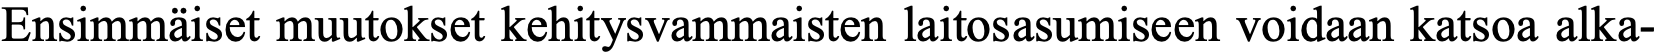
Ensimmäiset muutokset kehitysvammaisten laitosasumiseen voidaan katsoa alka-